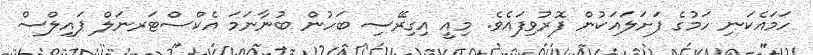
ހަމައެކަނި ހަމުގެ ފަށަލައަކުން ފޮރުވިފައެވެ. މިއީ އިގިރޭސި ބަހުން ބުނާނަމަ އެކްސްޓަރނަލް ޕައިލްސް